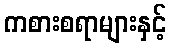
ကစားစရာများနှင့်